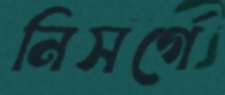
নিসর্গে